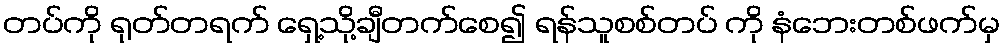
တပ်ကို ရုတ်တရက် ရှေ့သို့ချီတက်စေ၍ ရန်သူစစ်တပ် ကို နံဘေးတစ်ဖက်မှ